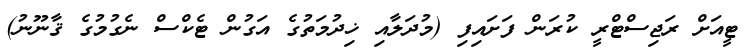
ޓީއަށް ރަޖިސްޓްރީ ކުރަން ފަށައިފި (މުދަލާއި ޚިދުމަތުގެ އަގުން ޓެކްސް ނެގުމުގެ ޤާނޫނު)